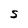
Character: S